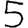
Digit: 5